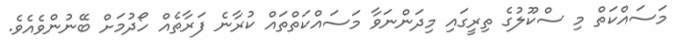
މަސައްކަތް މި ސްކޫލުގެ ތިރީގައި މިދަންނަވާ މަސައްކަތްތައް ކުރާނެ ފަރާތެއް ހޯދުމަށް ބޭނުންވެއެވެ.